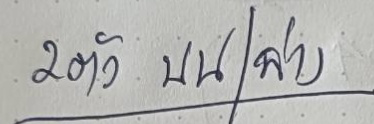
2ตัว บน/ล่าง